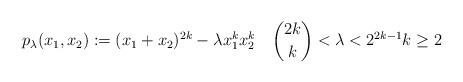
LaTeX: \begin{align*}p_{\lambda}(x_1, x_2) := (x_1+x_2)^{2k} - \lambda x_1^kx_2^k\quad\binom{2k}{k}<\lambda < 2^{2k - 1}k \ge 2\end{align*}